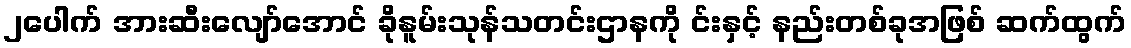
၂ပေါက် အားဆီးလျော်အောင် ခိုနူမ်းသုန်သတင်းဌာနကို င်းနှင့် နည်းတစ်ခုအဖြစ် ဆက်ထွက်